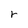
Character: r